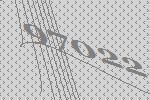
97022